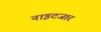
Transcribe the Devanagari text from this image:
नाइटजार